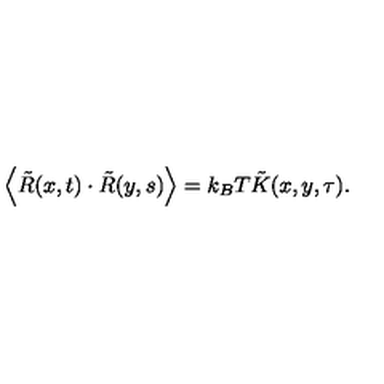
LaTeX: \left\langle \tilde { R } ( x , t ) \cdot \tilde { R } ( y , s ) \right\rangle = k _ { B } T \tilde { K } ( x , y , \tau ) .